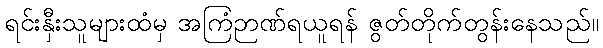
ရင်းနှီးသူများထံမှ အကြံဉာဏ်ရယူရန် ဇွတ်တိုက်တွန်းနေသည်။